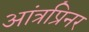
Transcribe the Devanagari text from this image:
आंत्रप्रिनर